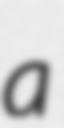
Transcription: a